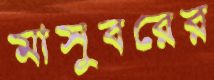
মাসুবরের